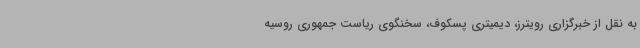
به نقل از خبرگزاری رویترز، دیمیتری پسکوف، سخنگوی ریاست جمهوری روسیه